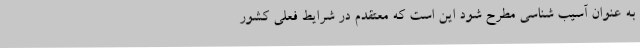
به عنوان آسیب شناسی مطرح شود این است که معتقدم در شرایط فعلی کشور